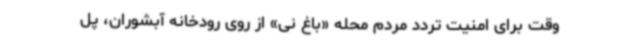
وقت برای امنیت تردد مردم محله «باغ نی» از روی رودخانه آبشوران، پل